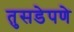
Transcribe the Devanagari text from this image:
तुसडेपणे